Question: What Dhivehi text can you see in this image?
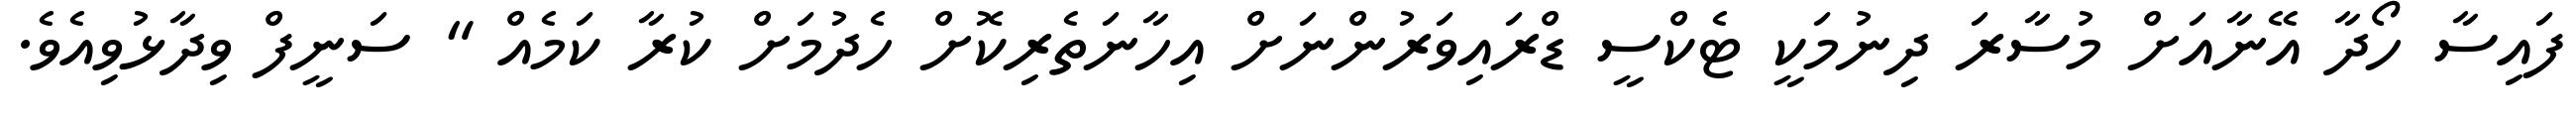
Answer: ފައިސާ ހޯދާ އޭނާއަށް މުސާރަ ދިނުމަކީ ޓެކްސީ ޑްރައިވަރުންނަށް އިހާނަތެރިކޮށް ހެދުމަށް ކުރާ ކަމެއް " ސަނީފް ވިދާޅުވިއެވެ.